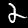
Label: 2